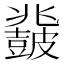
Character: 𱲈